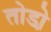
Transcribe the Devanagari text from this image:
तोडो़